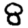
Digit: 8